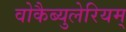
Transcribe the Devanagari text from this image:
वोकैब्युलेरियम्